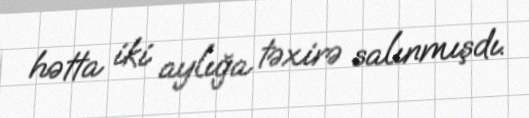
hətta iki aylığa təxirə salınmışdı.